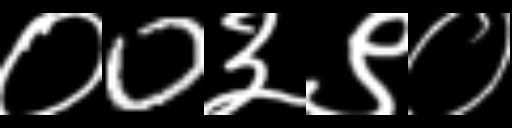
Text: ०0३९०